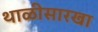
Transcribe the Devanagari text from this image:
थाळीसारखा